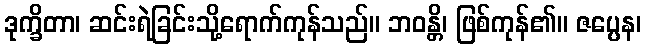
ဒုက္ခိတာ၊ ဆင်းရဲခြင်းသို့ရောက်ကုန်သည်။ ဘဝန္တိ၊ ဖြစ်ကုန်၏။ ဇပ္ပေန၊